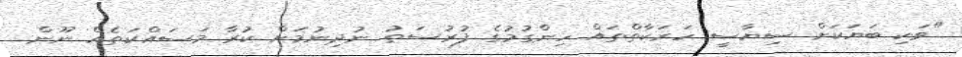
"ވަކި ބަޔަކަށް ސިޔާސީ ހަރަކާތްތައް ހިންގުމުގެ ފުރުސަތު ނުދިނުމަށް ކުރާ މަސައްކަތެއް ނޫން